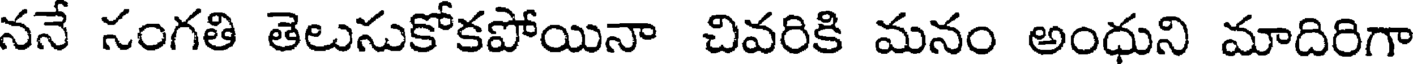
ననే సంగతి తెలుసుకోకపోయినా చివరికి మనం అంధుని మాదిరిగా